65_HS1-834228961_62-HQ-83894_Section_8
Agency: FBI
Page 155
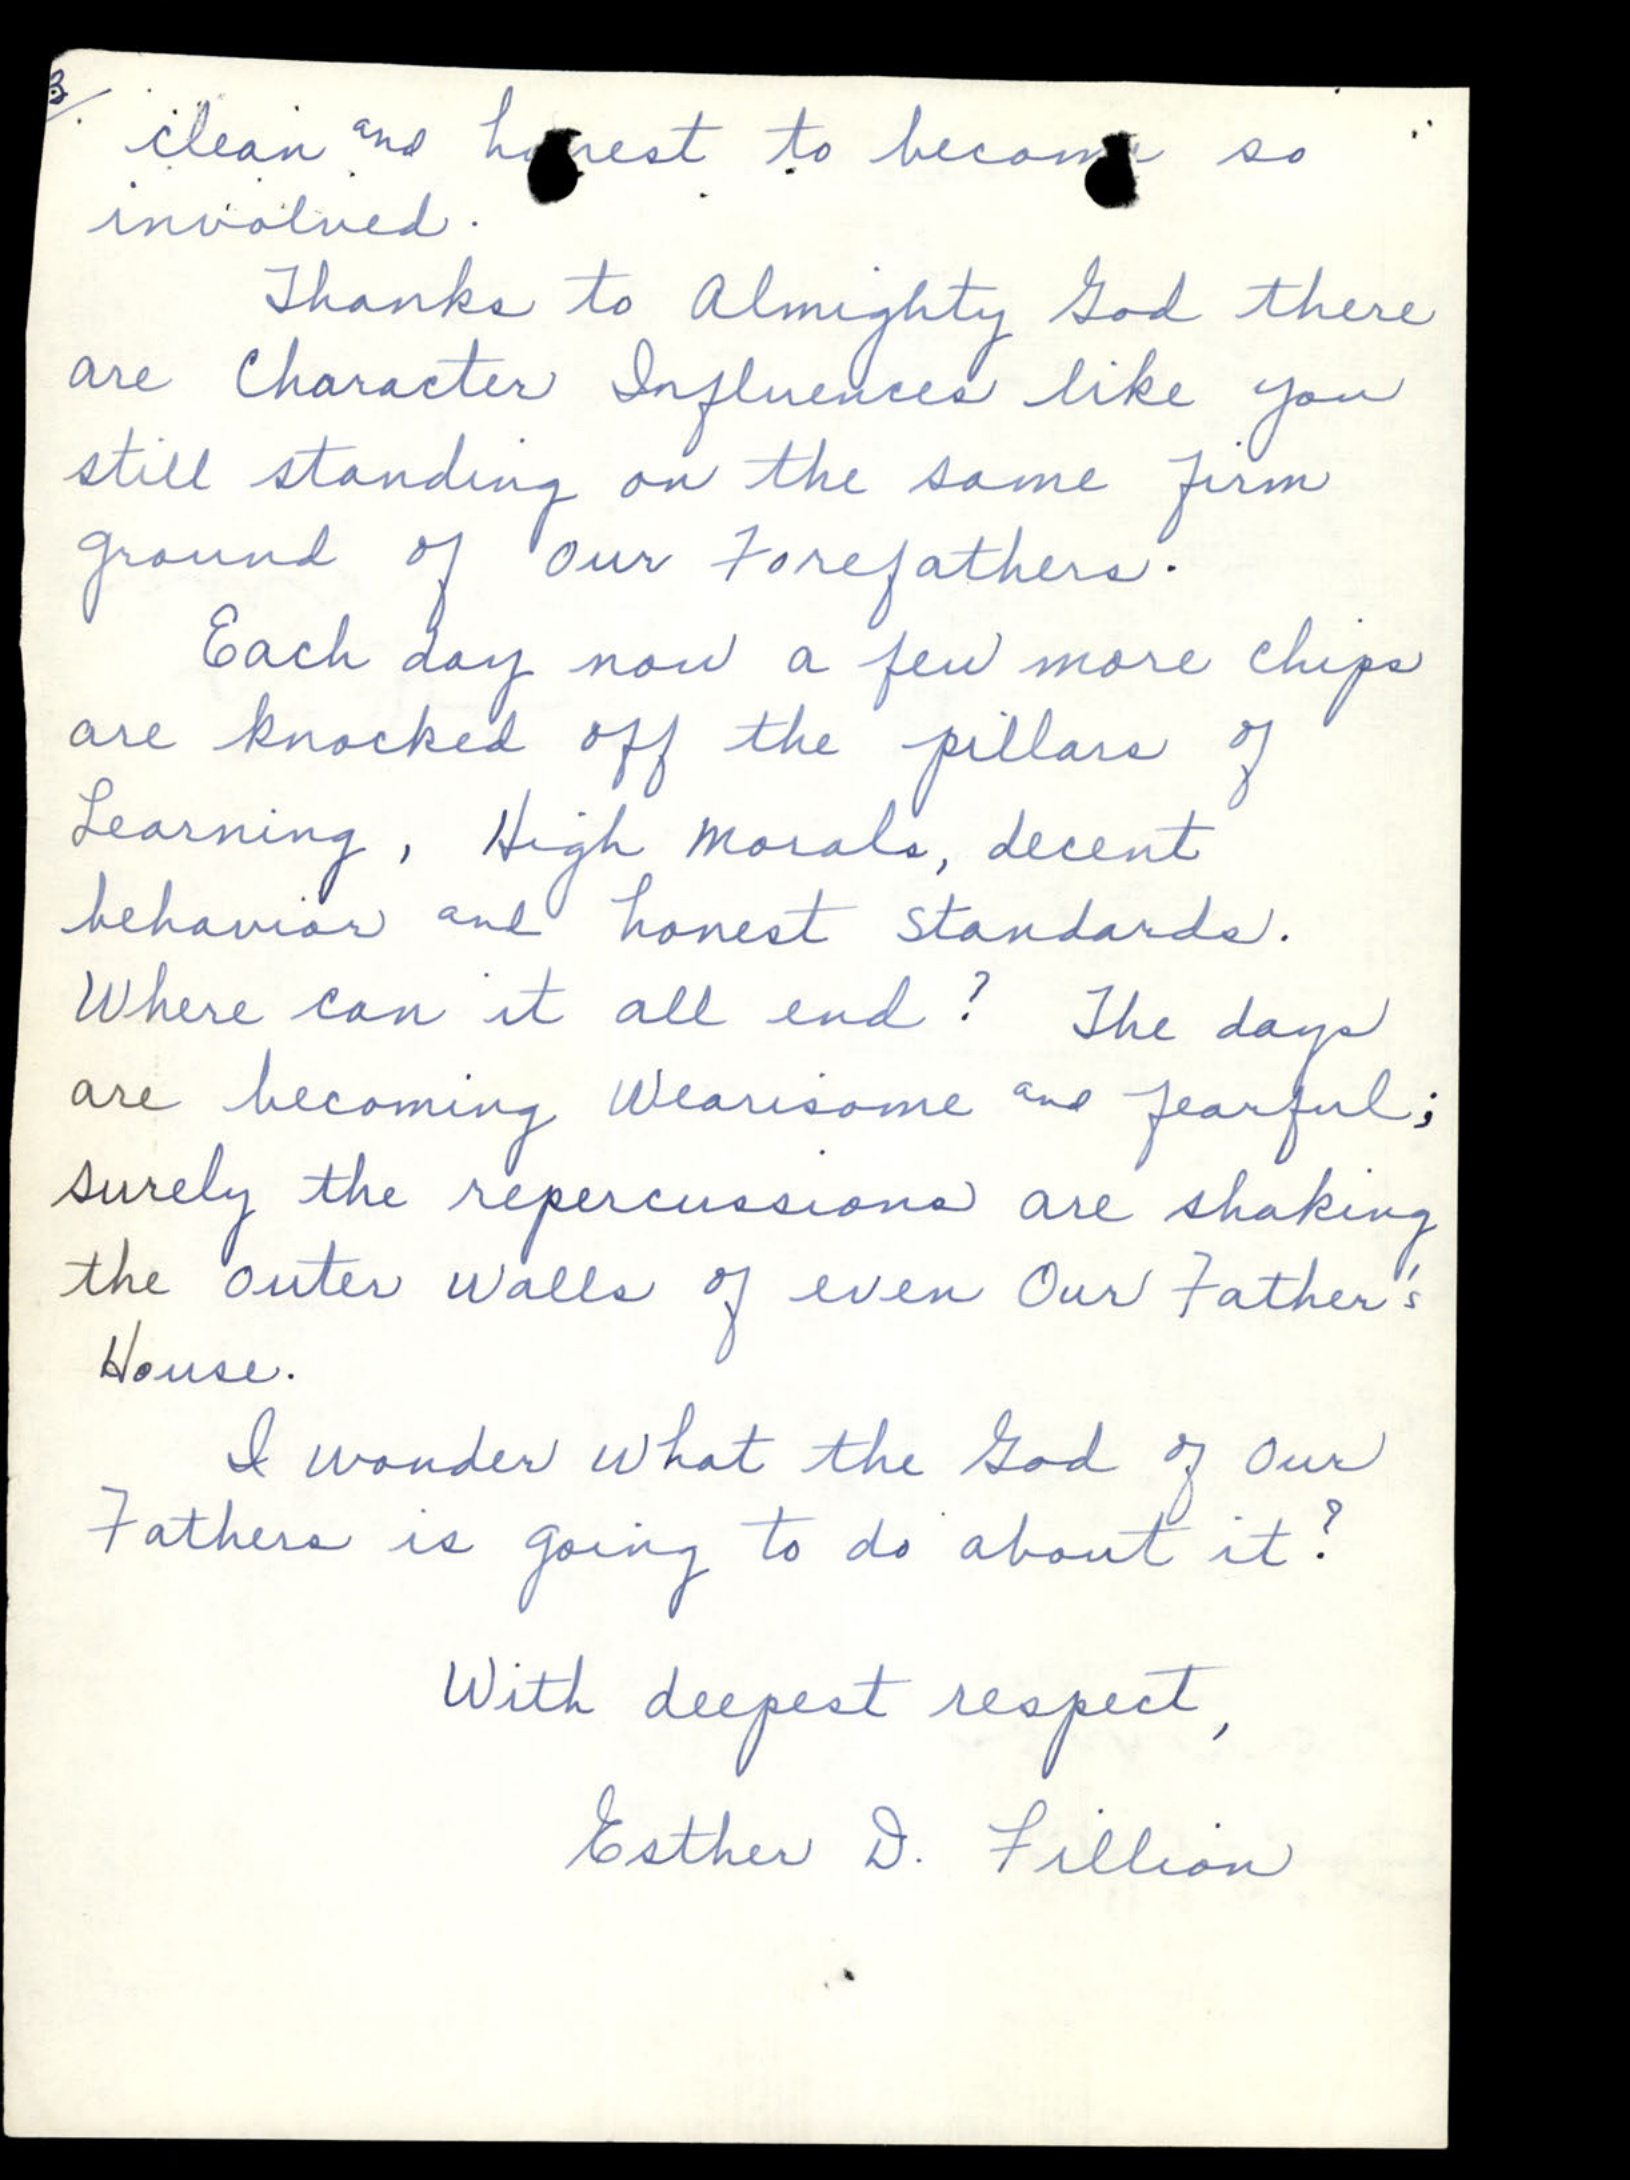